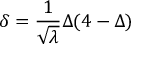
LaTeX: \delta = \frac { 1 } { \sqrt { \lambda } } \Delta ( 4 - \Delta )